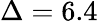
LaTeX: \Delta=6.4